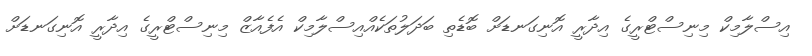
އިސްލާމިކް މިނިސްޓްރީގެ އިދާރީ އޮނިގަނޑަށް ބޮޑެތި ބަދަލުތަކެއްއިސްލާމިކް އެފެއާޒް މިނިސްޓްރީގެ އިދާރީ އޮނިގަނޑަށް